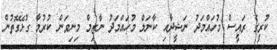
ކުރީގެ ރައީސް މުހައްމަދު ނަޝީދާއި ކާނަލް މުހައްމަދު ނާޒިމް މިނިވަން ކުރުމާ ގުޅޭގޮތުން